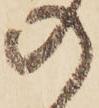
の